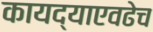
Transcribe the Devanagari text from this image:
कायद्याएवढेच